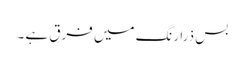
بس ذرا رنگ میں فرق ہے ۔